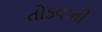
તોડવાની